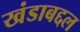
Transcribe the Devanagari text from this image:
खंडाबद्दल